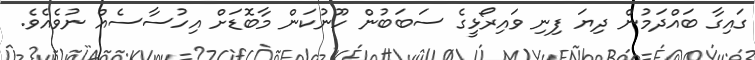
ގައިގާ ބައްދަމުން ދިޔަ ފިނި ވައިރޯޅީގެ ސަބަބުން ހޫނުކަން މާބޮޑަށް އިހުސާސެއް ނުވެއެވެ.